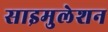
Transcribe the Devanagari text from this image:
साइमुलेशन